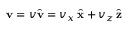
{ \bf v } = v \hat { \bf v } = v _ { x } \, \hat { \bf x } + v _ { z } \, \hat { \bf z }